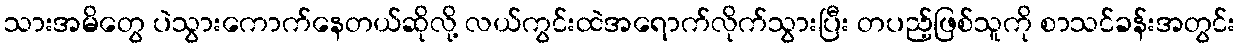
သားအမိတွေ ပဲသွားကောက်နေတယ်ဆိုလို့ လယ်ကွင်းထဲအရောက်လိုက်သွားပြီး တပည့်ဖြစ်သူကို စာသင်ခန်းအတွင်း